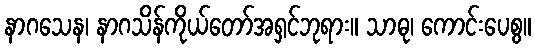
နာဂသေန၊ နာဂသိန်ကိုယ်တော်အရှင်ဘုရား။ သာဓု၊ ကောင်းပေစွ။